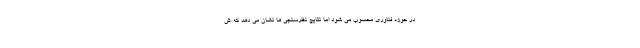
در حوزه فناوری محسوب می شود اما نتایج نظرسنجی ها نشان می دهد که ش